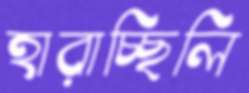
হারাচ্ছিলি